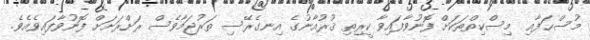
މުސްޙަފާއި  މިސްކިތްތަކަށް ފޮނުވާފައިވާ ކީރިތި ޤުރުއާނުގެ އިނގެރޭސި ތަރުޖަމާވެސް ރަށްރަށަށް ފޮނުވާފައިވެއެވެ.